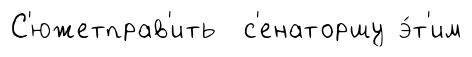
С'южетправ'ить с'енаторшу э́т'им